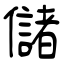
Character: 儲